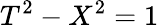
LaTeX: T^{2}-X^{2}=1